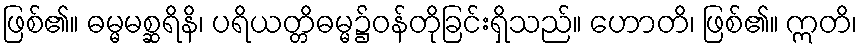
ဖြစ်၏။ ဓမ္မမစ္ဆရိနိ၊ ပရိယတ္တိဓမ္မ၌ဝန်တိုခြင်းရှိသည်။ ဟောတိ၊ ဖြစ်၏။ ဣတိ၊